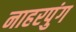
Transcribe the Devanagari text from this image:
नाहरपुंग